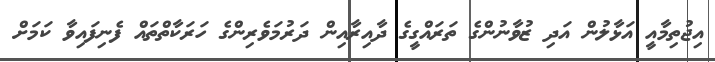
އިޖުތިމާއީ އަޅާލުން އަދި ޒުވާނުންގެ ތަރައްގީގެ ދާއިރާއިން ދަރުމަވެރިންގެ ހަރަކާތްތައް ފެނިފައިވާ ކަމަށް